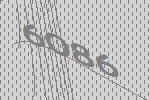
6086